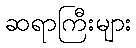
ဆရာကြီးများ